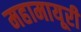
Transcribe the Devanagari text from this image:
महामायूरी